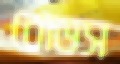
রোডস